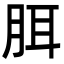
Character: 䏪